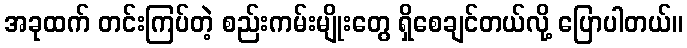
အခုထက် တင်းကြပ်တဲ့ စည်းကမ်းမျိုးတွေ ရှိစေချင်တယ်လို့ ပြောပါတယ်။